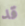
قد